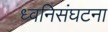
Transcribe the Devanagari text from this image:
ध्वनिसंघटना